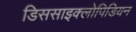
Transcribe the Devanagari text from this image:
डिससाइक्लोपिडियन